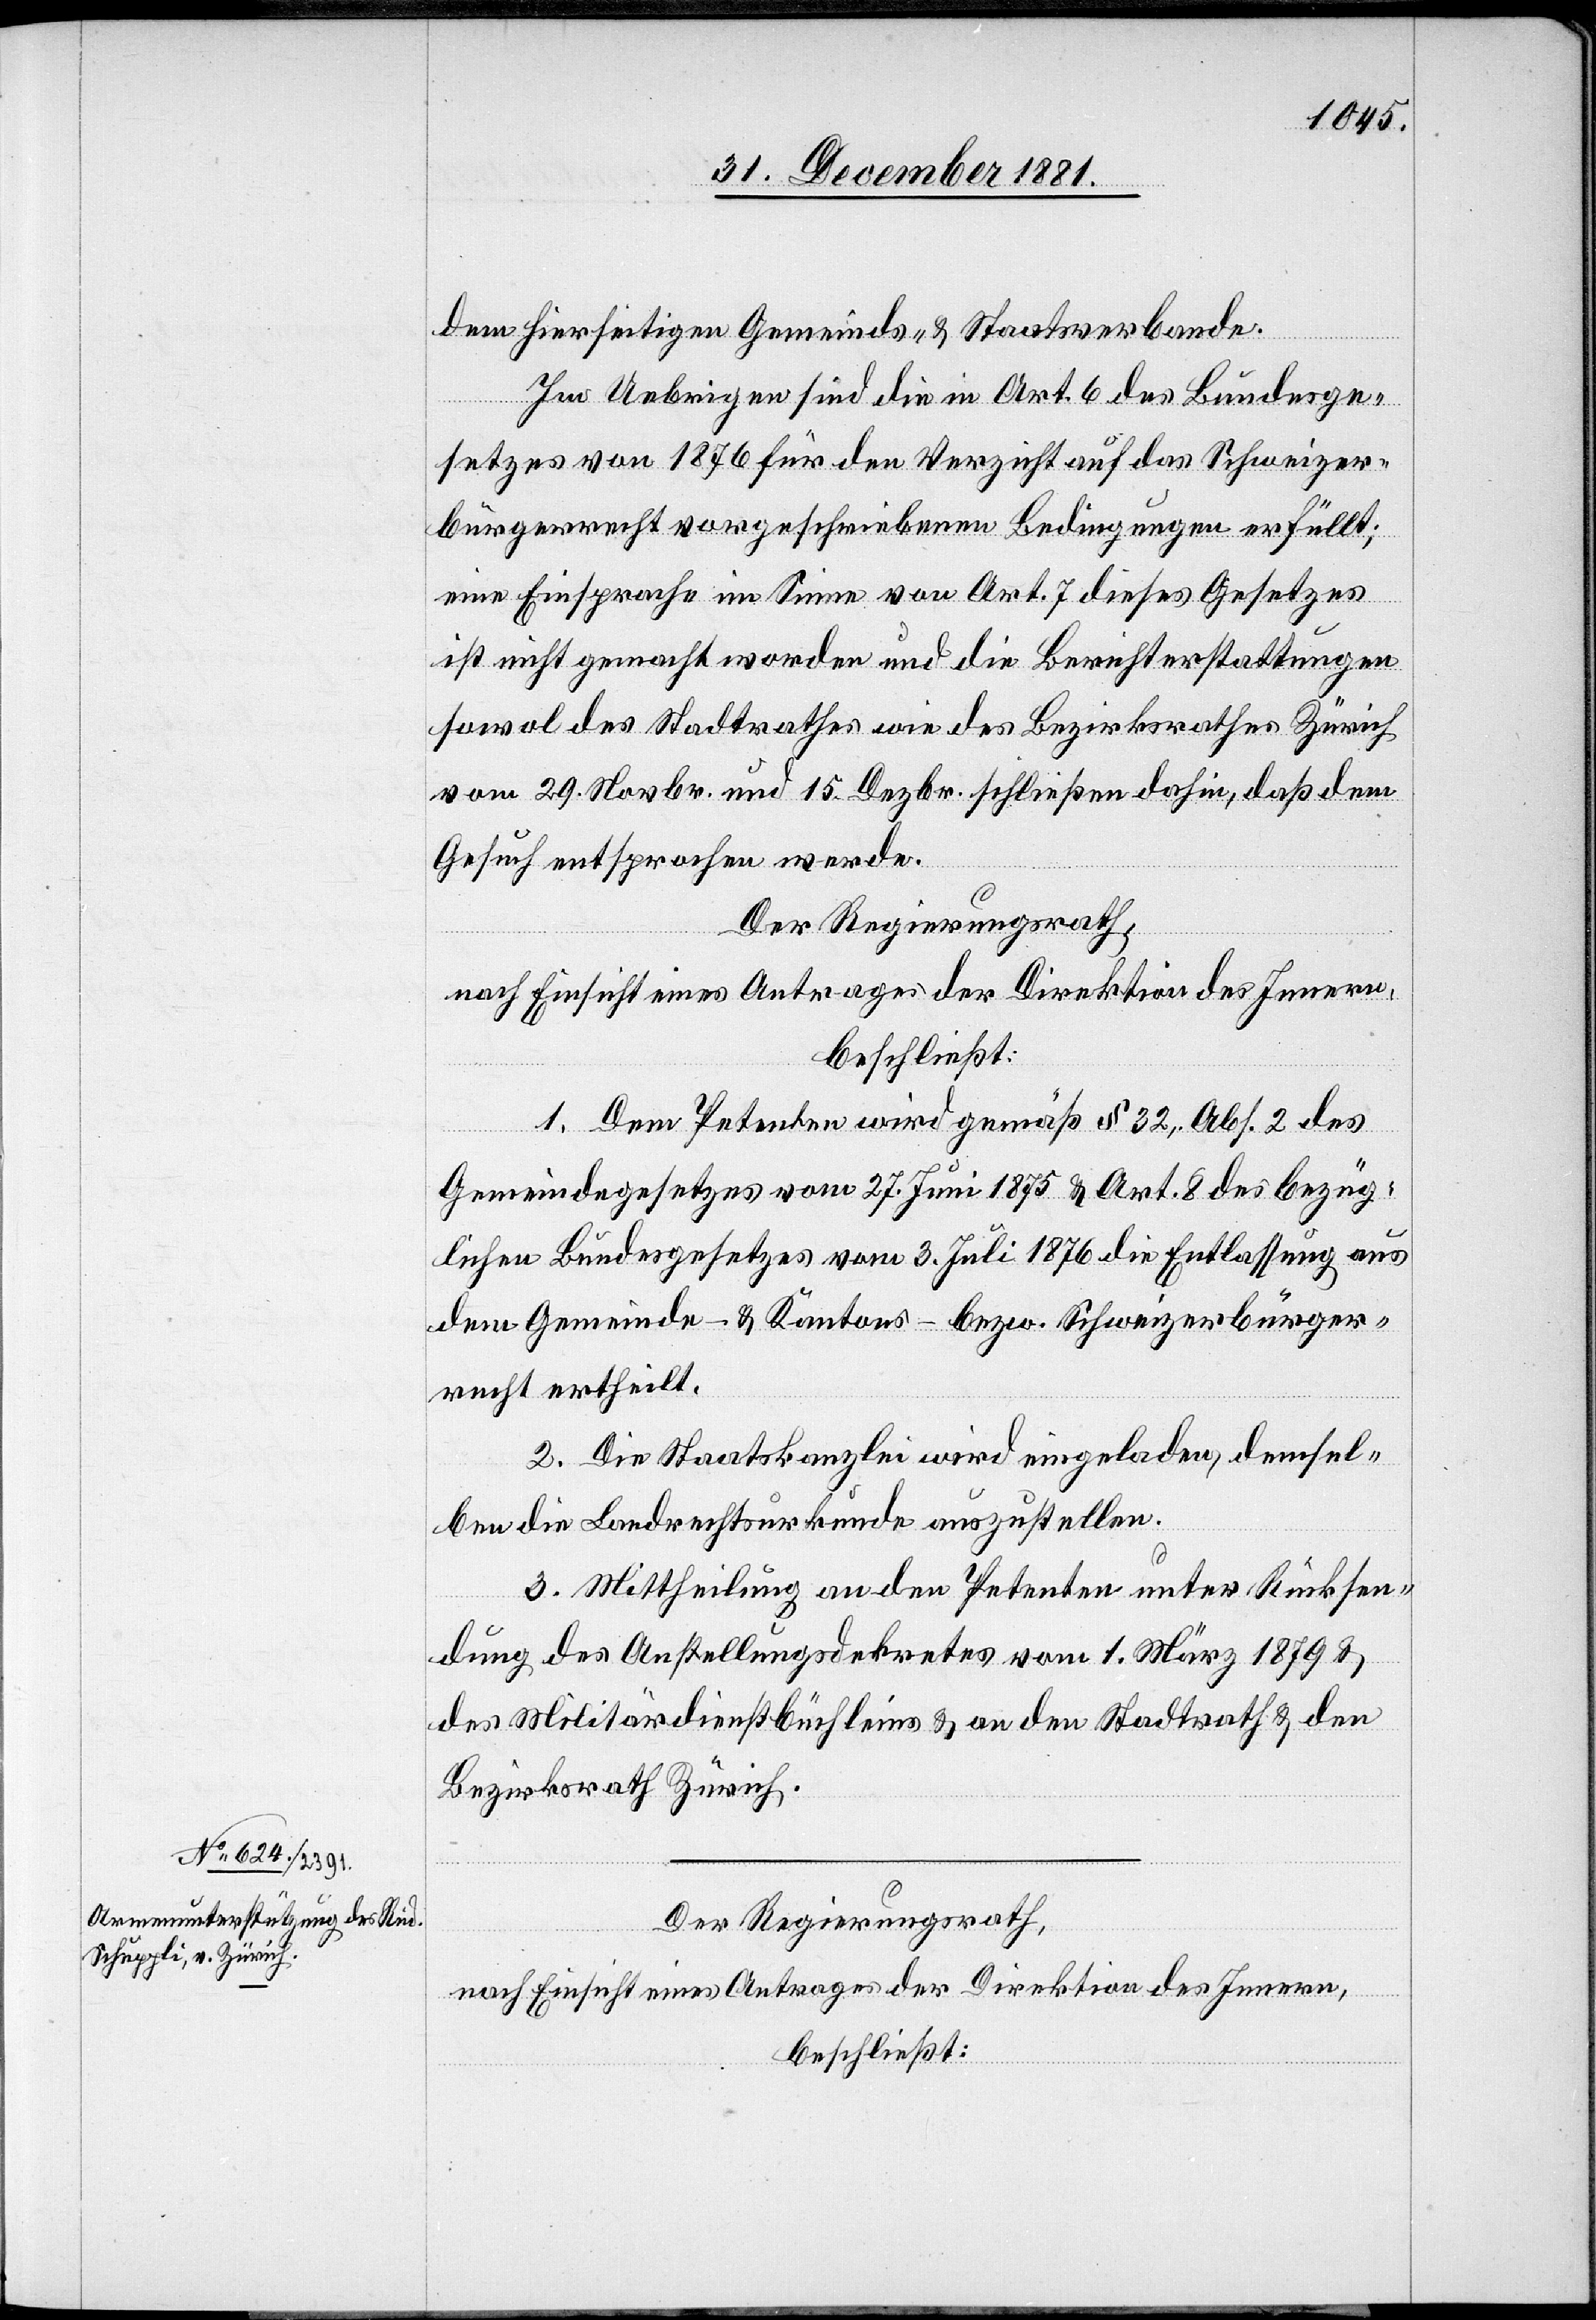
dem hierseitigen Gemeinds- & Staatsverbande.
Im Uebrigen sind die in Art. 6 des Bundesge¬
setzes von 1876 für den Verzicht auf das Schweizer¬
bürgerrecht vorgeschriebenen Bedingungen erfüllt;
eine Einsprache im Sinne von Art. 7 dieses Gesetzes
ist nicht gemacht worden und die Berichterstattungen
sowol des Stadtrathes wie des Bezirksrathes Zürich
vom 29. Novbr. und 15. Dezbr. schließen dahin, daß dem
Gesuch entsprochen werde.
Der Regierungsrath,
nach Einsicht eines Antrages der Direktion des Innern,
beschließt:
1. Dem Petenten wird gemäß § 32, Abs. 2 des
Gemeindegesetzes vom 27. Juni 1875 & Art. 8 des bezüg¬
lichen Bundesgesetzes vom 3. Juli 1876 die Entlassung aus
dem Gemeinde- & Kantons- bezw. Schweizerbürger¬
recht ertheilt.
2. Die Staatskanzlei wird eingeladen, demsel¬
ben die Landrechtsurkunde auszustellen.
3. Mittheilung an den Petenten unter Rücksen¬
dung des Anstellungsdekretes vom 1. März 1879 &
des Militärdienstbüchleins & an den Stadtrath & den
Bezirksrath Zürich.
Der Regierungsrath,
nach Einsicht eines Antrages der Direktion des Innern,
beschließt: